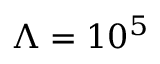
\Lambda = 1 0 ^ { 5 }